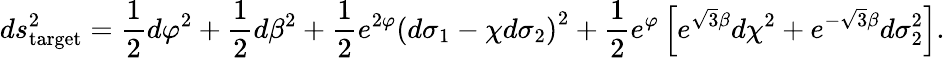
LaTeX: ds_{\mathrm{target}}^{2}=\frac{1}{2}d\varphi^{2}+\frac{1}{2}d\beta^{2}+\frac{1}{2}e^{2\varphi}\left(d\sigma_{1}-\chi d\sigma_{2}\right)^{2}+\frac{1}{2}e^{\varphi}\left[e^{\sqrt{3}\beta}d\chi^{2}+e^{-\sqrt{3}\beta}d\sigma_{2}^{2}\right].